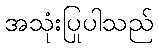
အသုံးပြုပါသည်